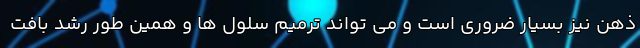
ذهن نیز بسیار ضروری است و می تواند ترمیم سلول ها و همین طور رشد بافت